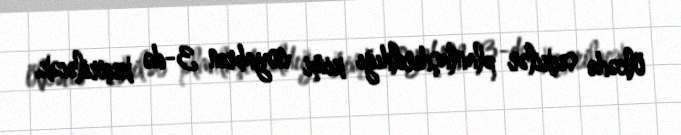
ölkədə seçkilər planlaşdırıldığı kimi noyabrın 3-də keçiriləcək.